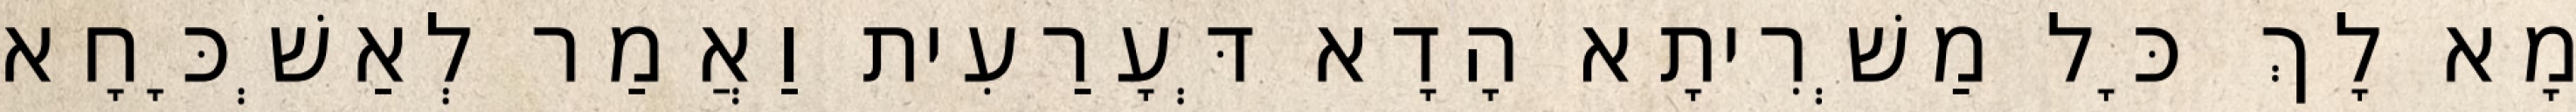
מָא לָךְ כָּל מַשְׁרִיתָא הָדָא דְּעָרַעִית וַאֲמַר לְאַשְׁכָּחָא